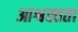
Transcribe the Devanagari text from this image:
आश्वस्तता